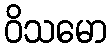
ဝိသမော